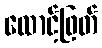
ထောင့်ဖြတ်